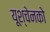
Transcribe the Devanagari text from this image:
यूश्चेनको